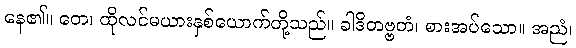
နေ၏။ တေ၊ ထိုလင်မယားနှစ်ယောက်တို့သည်။ ခါဒိတဗ္ဗတံ၊ စားအပ်သော။ အညံ၊